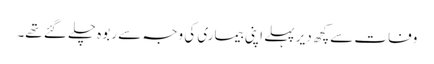
وفات سےکچھ دیر پہلے اپنی بیماری کی وجہ سے ربوہ چلے گئے تھے۔